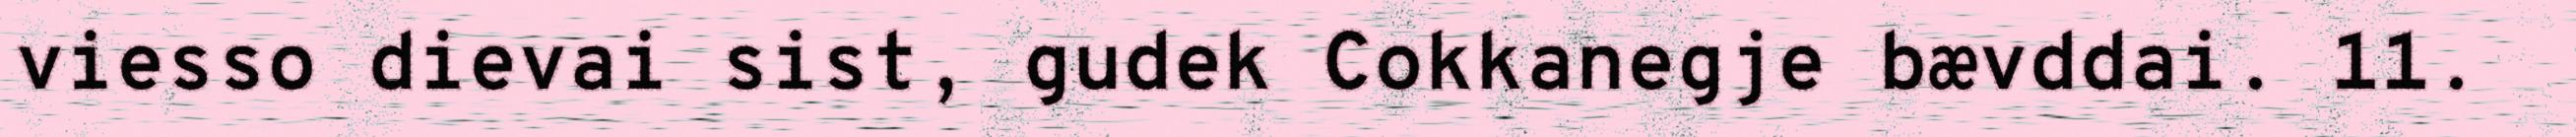
viesso dievai sist, gudek Cokkanegje bævddai. 11.